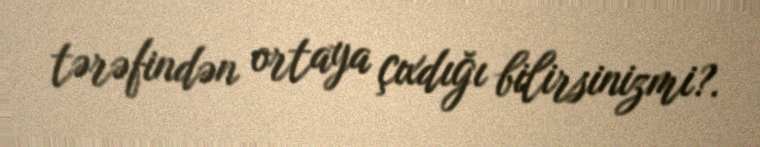
tərəfindən ortaya çıxdığı bilirsinizmi?.